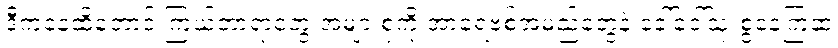
ဒီကနေ့ထိတောင် ကြယ်တာရာတွေ အများစုကို အာရေဗစ်အမည်တွေနဲ့ ခေါ်ဝေါ်သုံးစွဲနေကြဆဲ